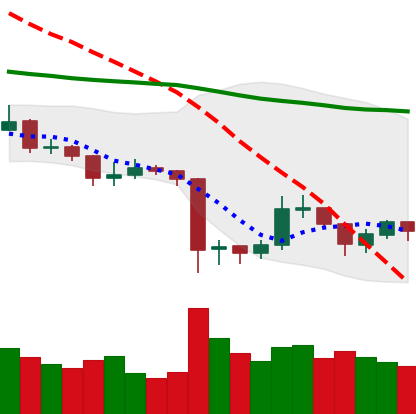
Ticker: XRP-USD
Chart end date: 2019-08-24
Forward return: -5.69%
Label: down_5_7